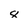
Character: 8